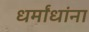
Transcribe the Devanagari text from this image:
धर्मांधांना